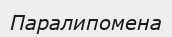
Паралипомена